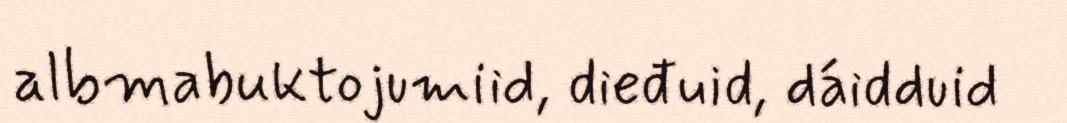
albmabuktojumiid, dieđuid, dáidduid